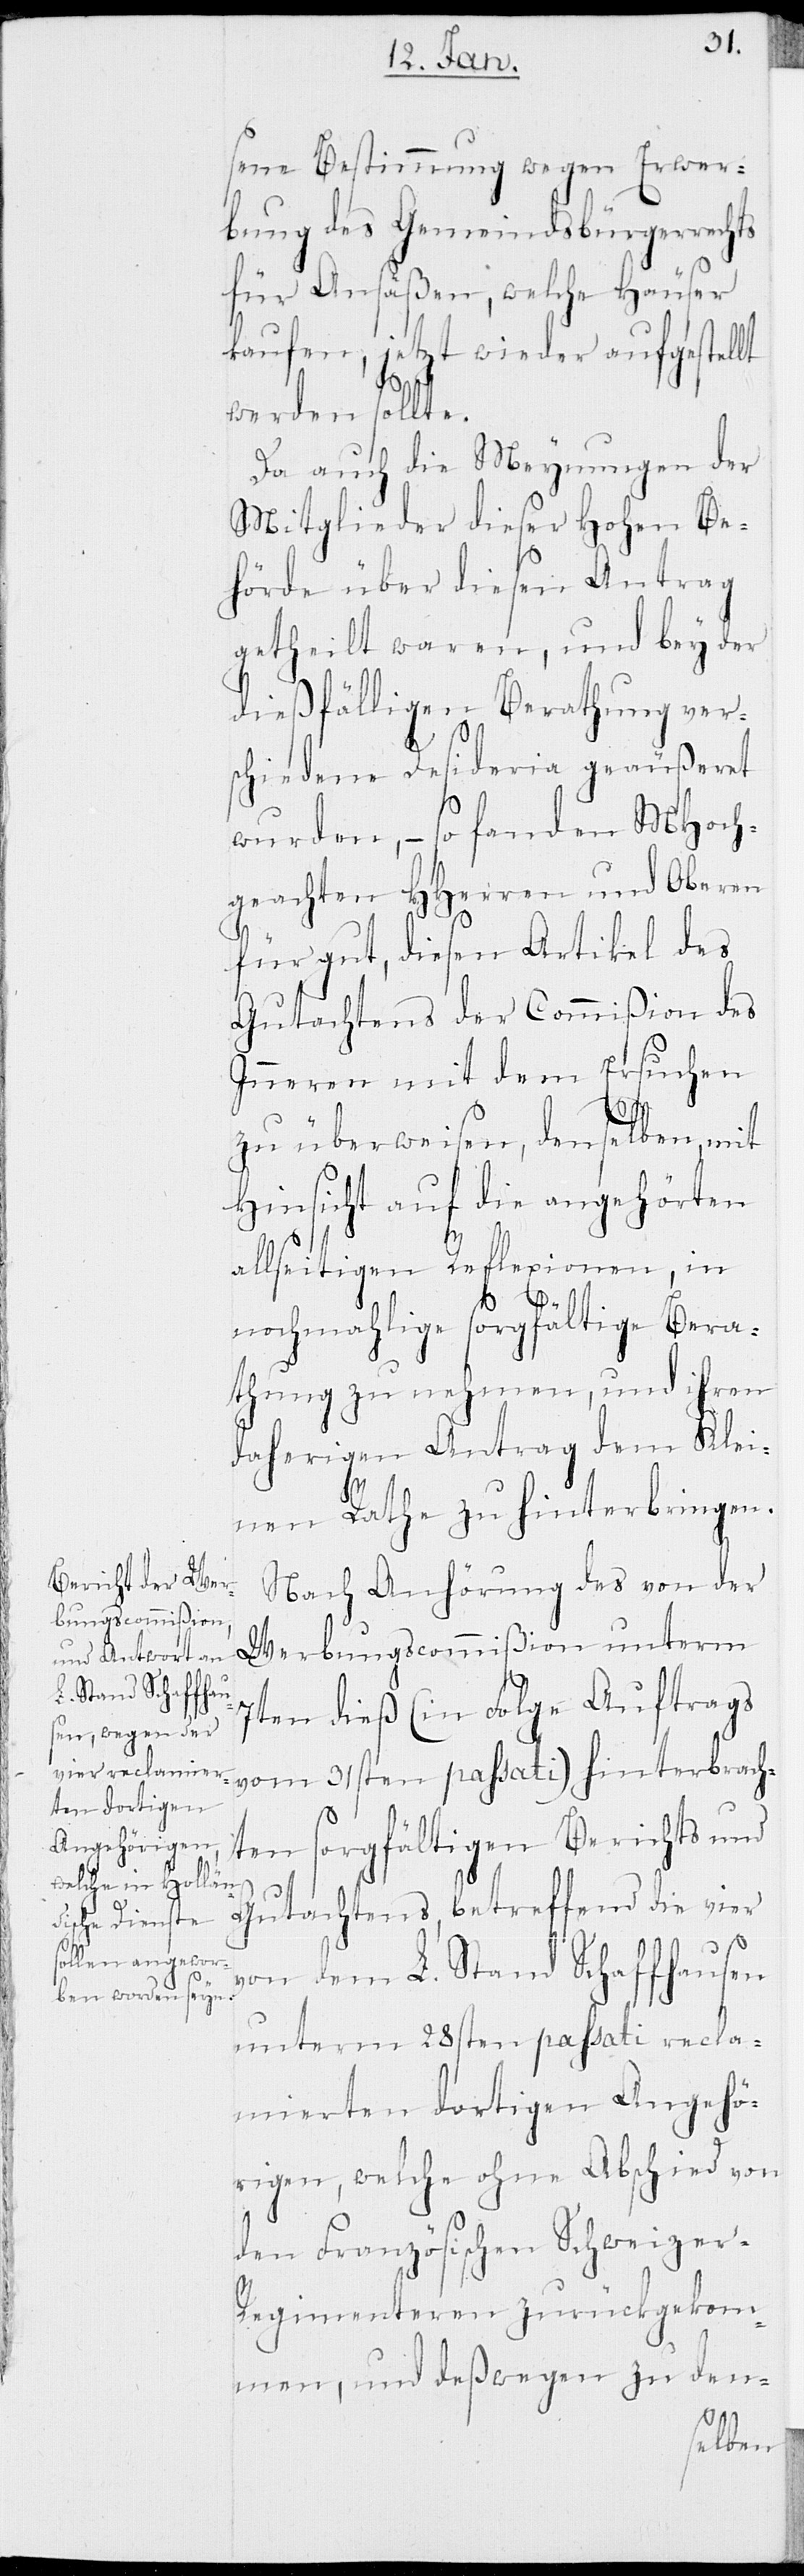
sene Bestimmung wegen Erwer¬
bung des Gemeindsbürgerrechts
für Ansäßen, welche Häuser
kaufen, jetzt wieder aufgestellt
werden sollte.
Da auch die Meynungen der
Mitglieder dieser hohen Be¬
hörde über diesen Antrag
getheilt waren, und bey der
dießfälligen Berathung ver¬
schiedene Desideria geaußeret
wurden, – so fanden MHoch¬
geachten HHerren und Oberen
für gut, diesen Artikel des
Gutachtens der Commißion des
Inneren mit dem Ersuchen
zu überweisen, denselben, mit
Hinsicht auf die angehörten
allseitigen Reflexionen, in
nochmahlige sorgfältige Bera¬
thung zu nehmen, und ihren
daherigen Antrag dem Klei¬
nen Rathe zu hinterbringen.
Nach Anhörung des von der
Werbungscommißion unterm
7ten dieß (in Folge Auftrags
vom 31sten passati) hinterbrach¬
ten sorgfältigen Berichts und
Gutachtens, betreffend die vier
von dem L. Stand Schaffhausen
unterm 28sten passati recla¬
mierten dortigen Angehö¬
rigen, welche ohne Abschied von
den französischen Schweizer-R¬
egimenteren zurückgekom¬
men, und deßwegen zu den-